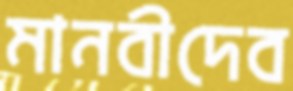
মানবীদেব